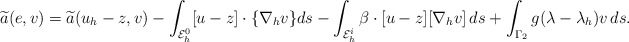
\begin{align*}\widetilde{a}(e, v) &= \widetilde{a}(u_h-z, v) - \int_{{\cal E}_h^0} [u-z]\cdot \{\nabla_h v\} ds - \int_{{\cal E}_h^i} \beta\cdot[u-z] [\nabla_h v]\, ds+ \int_{\Gamma_2} g(\lambda-\lambda_h)v\,ds.\end{align*}